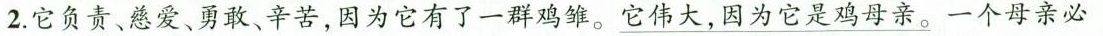
2.它负责、慈爱、勇敢、辛苦，因为它有了一群鸡雏。\underline{它伟大，因为它是鸡母亲。}一个母亲必